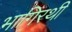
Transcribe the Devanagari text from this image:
भागिरथी